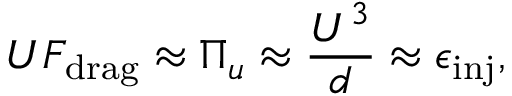
U F _ { \mathrm { d r a g } } \approx \Pi _ { u } \approx \frac { U ^ { 3 } } { d } \approx \epsilon _ { \mathrm { i n j } } ,